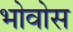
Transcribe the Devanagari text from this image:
भोवोस